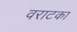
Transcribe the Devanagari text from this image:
वराटका